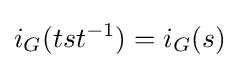
i_{G}(tst^{-1})=i_{G}(s)